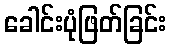
ခေါင်းပုံဖြတ်ခြင်း